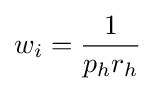
w_{i}={\frac {1}{p_{h}r_{h}}}